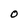
Character: O